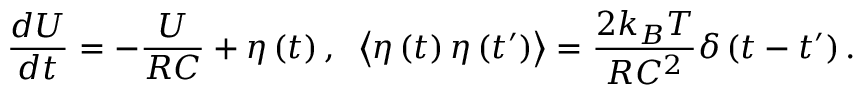
{ \frac { d U } { d t } } = - { \frac { U } { R C } } + \eta \left( t \right) , \; \; \left\langle \eta \left( t \right) \eta \left( t ^ { \prime } \right) \right\rangle = { \frac { 2 k _ { B } T } { R C ^ { 2 } } } \delta \left( t - t ^ { \prime } \right) .